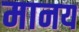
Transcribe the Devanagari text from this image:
मानय